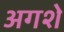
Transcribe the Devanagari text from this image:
अगशे